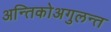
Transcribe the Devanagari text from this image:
अन्तिकोअगुलन्त